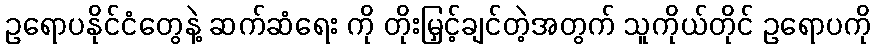
ဥရောပနိုင်ငံတွေနဲ့ ဆက်ဆံရေး ကို တိုးမြှင့်ချင်တဲ့အတွက် သူကိုယ်တိုင် ဥရောပကို